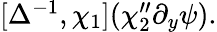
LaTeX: \begin{array}{r}{[\Delta^{-1},\chi_{1}](\chi_{2}^{\prime\prime}\partial_{y}\psi).}\end{array}